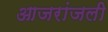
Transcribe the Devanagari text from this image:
आजरांजली